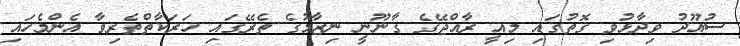
ސުއޫދު ވިދާޅުވި ގޮތުގައި މިއީ ރާއްޖޭގެ ގާނޫނީ ނިޒާމުގެ ތެރޭގައި ހަރަކާތްތެރިވާ އެންމެހައި